Parnu_kinnistusamet, lk 85
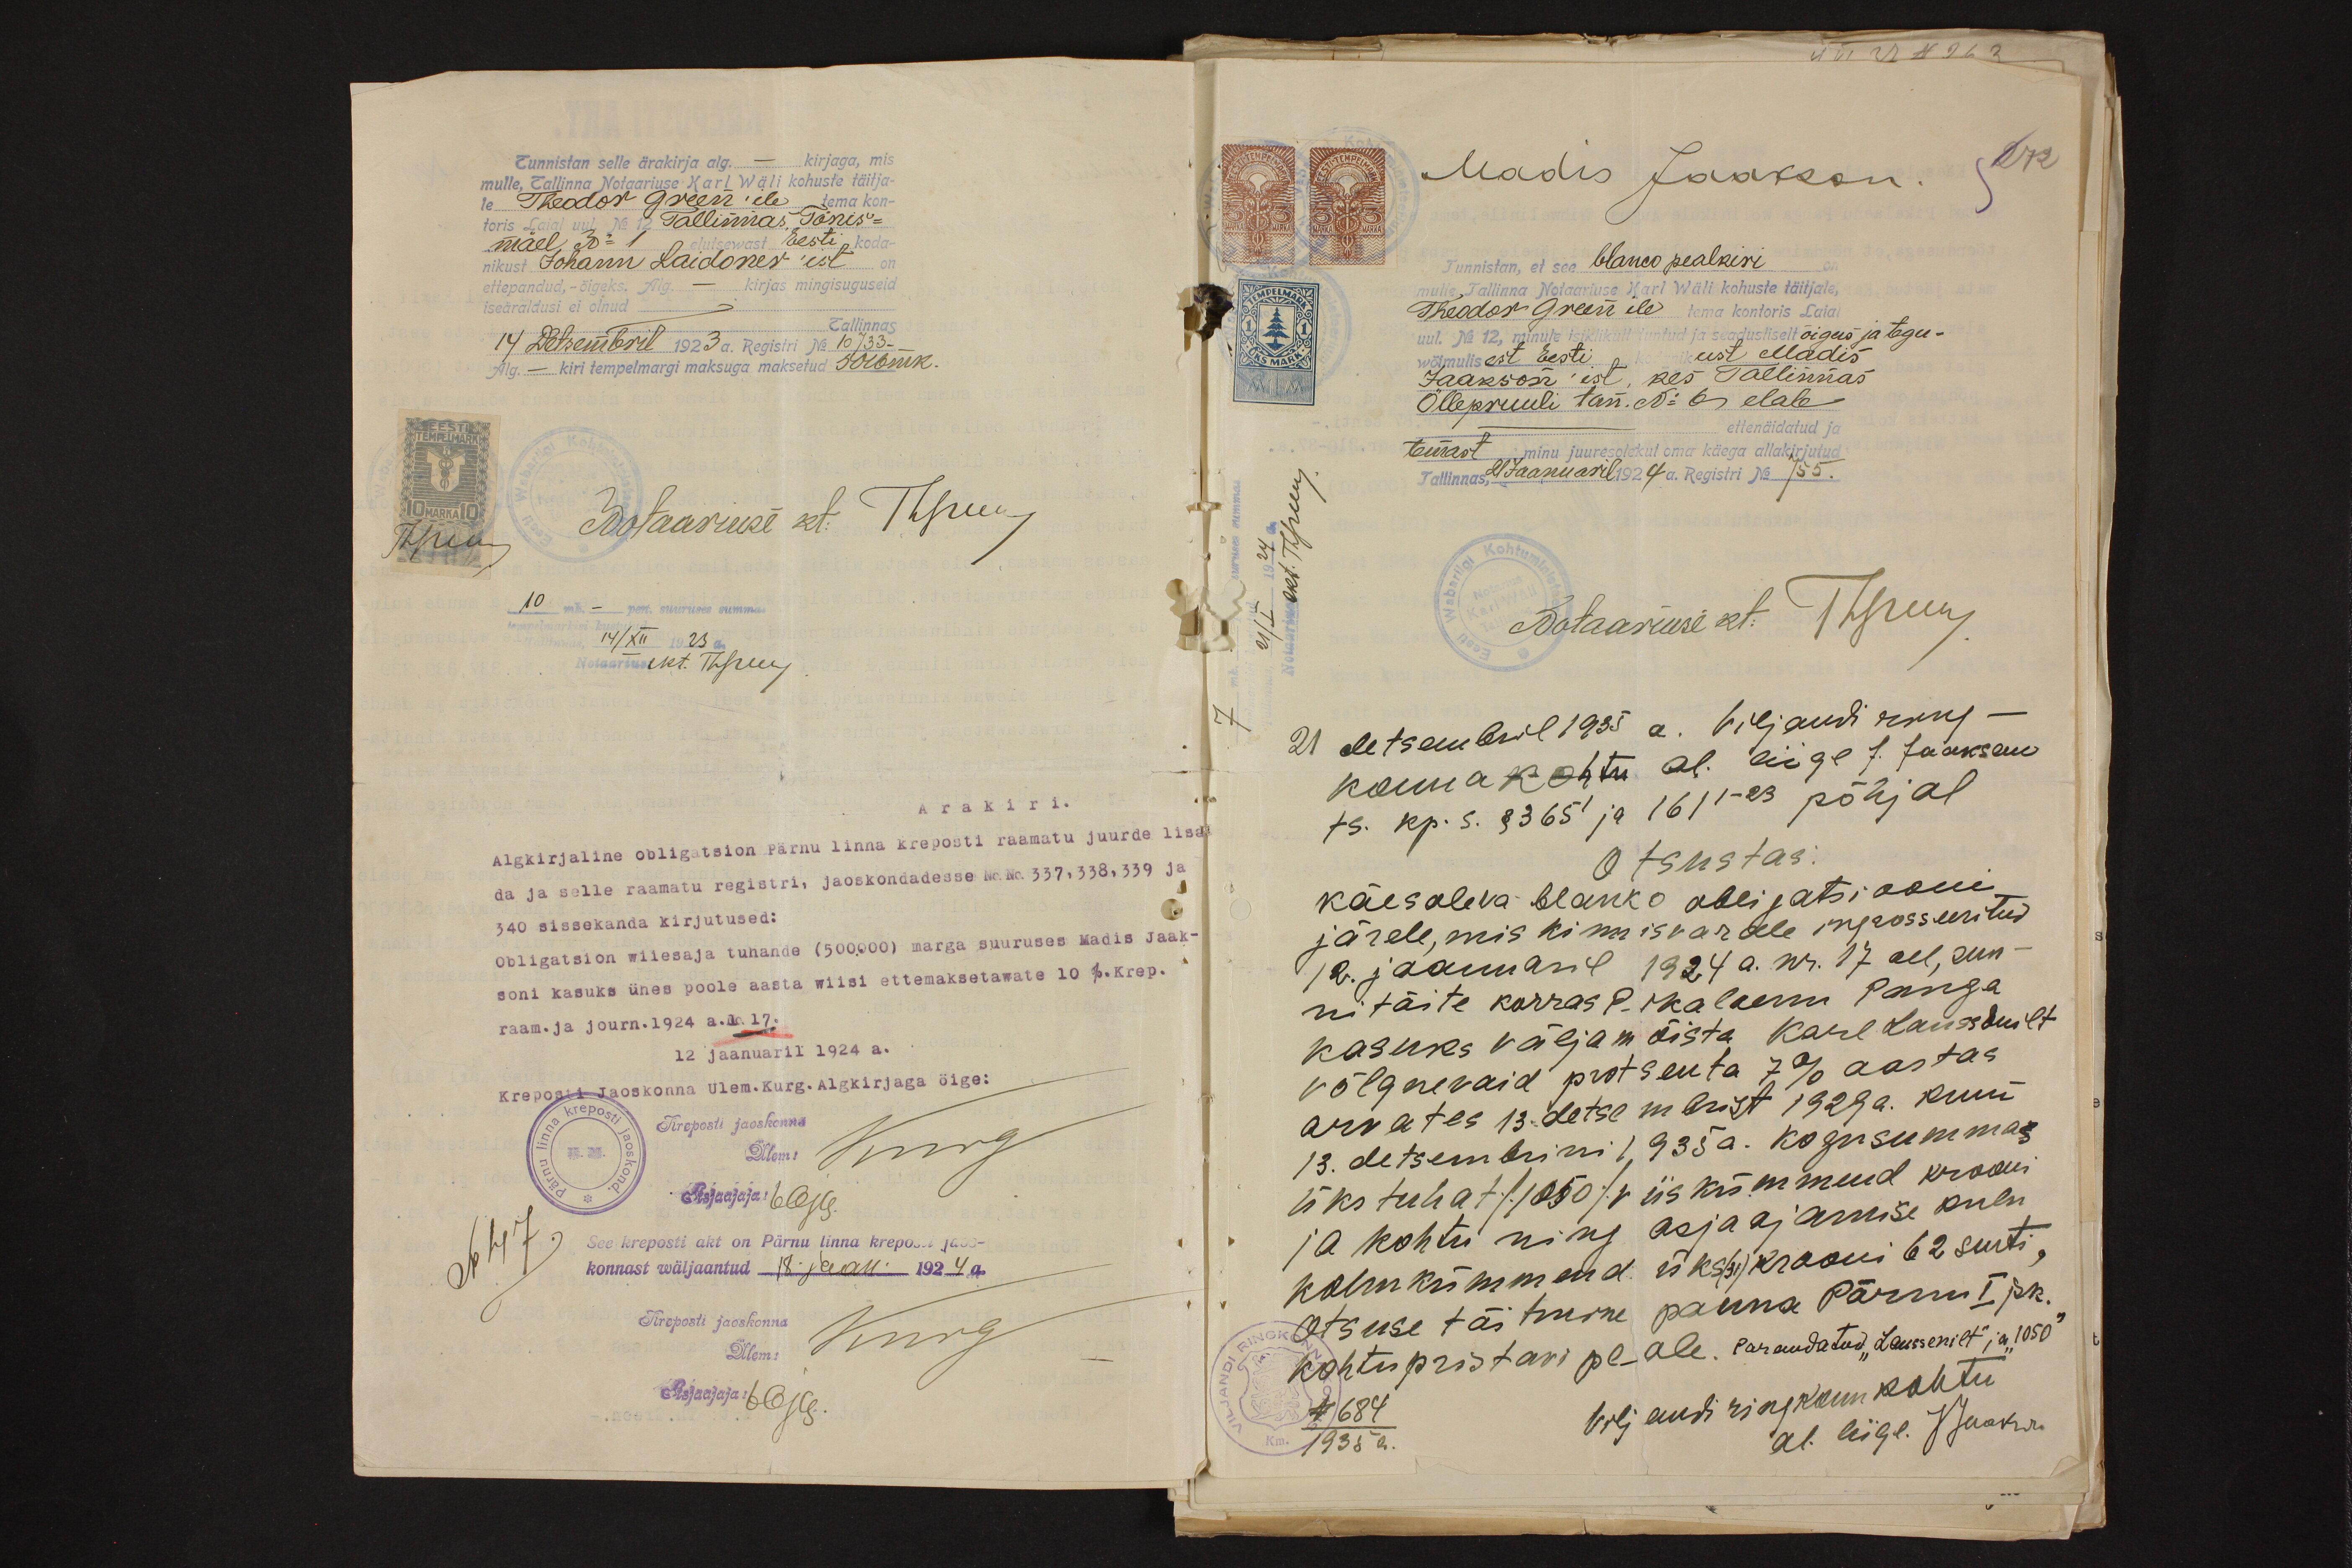
Tunnistan selle ärakirja alg. – kirjaga, mis
mulle, Tallinna Notaariuse Karl Wäli kohuste täitja-
le Thedor Green'ile tema kon-
toris Laial uul No 12 Tallinnas Tõnis-
mäel, 30-1 elutsewast Eesti koda-
nikust Johann Laidoner'ist on
ettepandud, - õigeks. Alg. – kirjas mingisuguseid
iseäraldusi ei olnud
Tallinnas
14 Detsembril 1923 a. Registri No 10733
Alg. – kiri tempelmargi maksuga maksetud 5016 mk.
Notaariuse kt. Tõpu
10 mk
14/XII 1923 a.
Ärakiri.
Algkirjaline obligatsion Pärnu linna kreposti raamatu juurde lisa
da ja selle raamatu registri, jaoskondadesse No. No. 337, 338, 339 ja
340 sissekanda kirjutused:
obligatsion wiiesaja tuhande (500,000) marga suuruses Madis Jaak-
soni kasuks ühes poole aasta wiisi ettemaksetawate 10 %. Krep.
raam. ja journ. 1924 a.l. 17.
12 jaanuaril 1924 a.
Kreposti Jaoskonna ülem. Kurg. Algkirjaga öige:
Kreposti jaoskonna
Ülem
Asjaajajaja
See kreposti akt on Pärnu linna krepost jaos-
konnast wäljaantud 18. jaan 1924 a.
Kreposti jaoskonna
Ülem.
Asjaajaja:

Madis Jaakson
Tunnistan, et see blanco pealkiri
mulle Tallinna Notaariuse Karl Wäli kohuste täitjale,
Theodor Green'ile tema kontoris Laia
uul No 12 minule isiklikult tuntud ja seadusliselt õigus- ja tegu-
wõimulisest Eesti kodanikust Madis
Jaakson'ist, kes Tallinnas
Öllepruuli tän. No 6 elab
ettenäidatud ja
temast minu juuresolekul oma käega allakirjutud
Tallinnas, 21 Jaanuaril 1924 a. Registri No 755.
Notaariuse kt. Tõppun,
21 detsembril 1935 a. Viljandi ring-
konna kohtu al. liige J. Jaakson
ts. kp. s. § 365 1 ja 161 1-23 põhjal
Otsustas:
käesoleva blanko obligatsiooni
järele, mis kinnisvarale ingrosseeritud
12. jaanuaril 1924 a. nr. 17 all, sun-
ni täite korras Pikalaenu Panga
kasuks väljamõista Karl Laussenilt
võlgnevaid protsenta 7% aastas
arvates 13. detsembrist 1928 a. kuni
13. detsembrini 1935 a. kogusummas
üks tuhat /1050/ viiiskümmend krooni
ja kohtu ning asja ajamise kulu.
kolmkümmend üks (31) krooni 62 senti,
otsuse täitmine panna Pärnu I jsk
kohtupristavi peale "Parandatud "Laussenilt" ja "1050"
N 684
1935 a.
Viljandi ringkonn kohtu.
al. liige. J. Juakwi